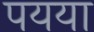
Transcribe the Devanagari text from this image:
पयया